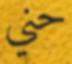
حني